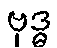
ဗုဒ္ဓ